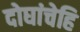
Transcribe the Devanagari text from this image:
दोघांचेहि